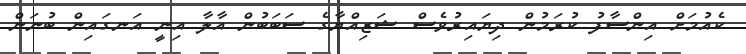
ކެއުމަށް އިންސާފު ކުރަމުން ދިޔައިރުވެސް ޝަޒިއްޔާގެ ސަބަބުން އާލާ އިނީ އަނގައިން ބުނަން